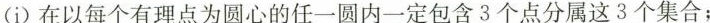
(i)在以每个有理点为圆心的任一圆内一定包含3个点分属这3个集合；